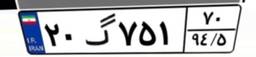
۳۹گ۱۵۶۱۳